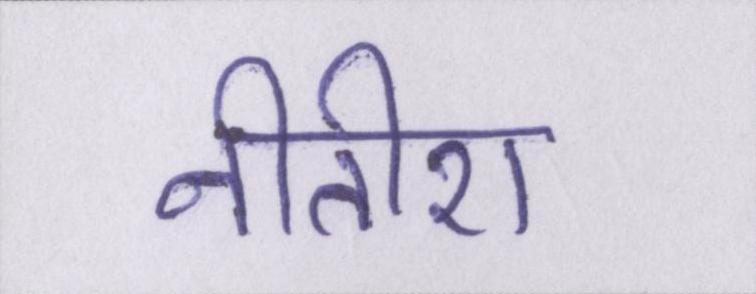
नीतीश